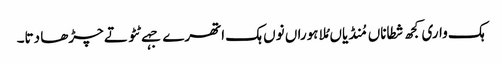
ہک واری کجھ شطاناں مُنڈیاں مُلا ہوراں نوں ہک اتھرے جہے ٹٹو تے چڑھا دتا۔